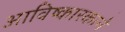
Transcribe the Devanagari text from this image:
आविष्कारकाने